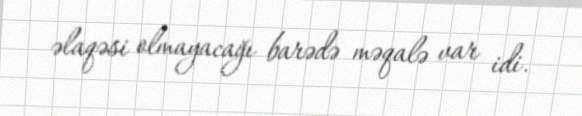
əlaqəsi olmayacağı barədə məqalə var idi.